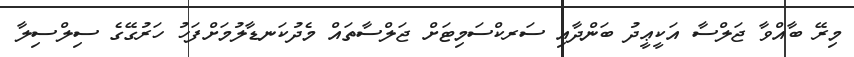
މިރޭ ބާއްވާ ޖަލްސާ އަކީޢީދު ބަންދާއި ސަރކްސަމިޓަށް ޖަލްސާތައް މެދުކަނޑާލުމަށްފަހު ހަރުގޭގެ ސިލްސިލާ